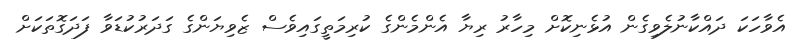
އެވާހަކަ ދައްކާނުލެވިގެން އުޅެނިކޮށް މިހާރު ރިޔާ އެންމެންގެ ކުރިމަތީގައިވެސް ޒެވިޔަންގެ ގަދަރުކުޑަވާ ފަދަގޮތަކަށް